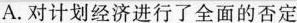
A.对计划经济进行了全面的否定